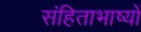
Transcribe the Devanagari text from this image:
संहिताभाष्यों